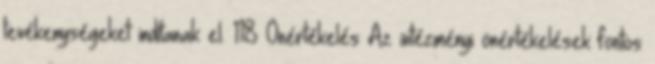
tevékenységeket indítanak el. 118 Önértékelés Az intézményi önértékelések fontos